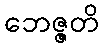
ဘေဇ္ဇတိ